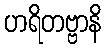
ဟရိတဗ္ဗာနိ